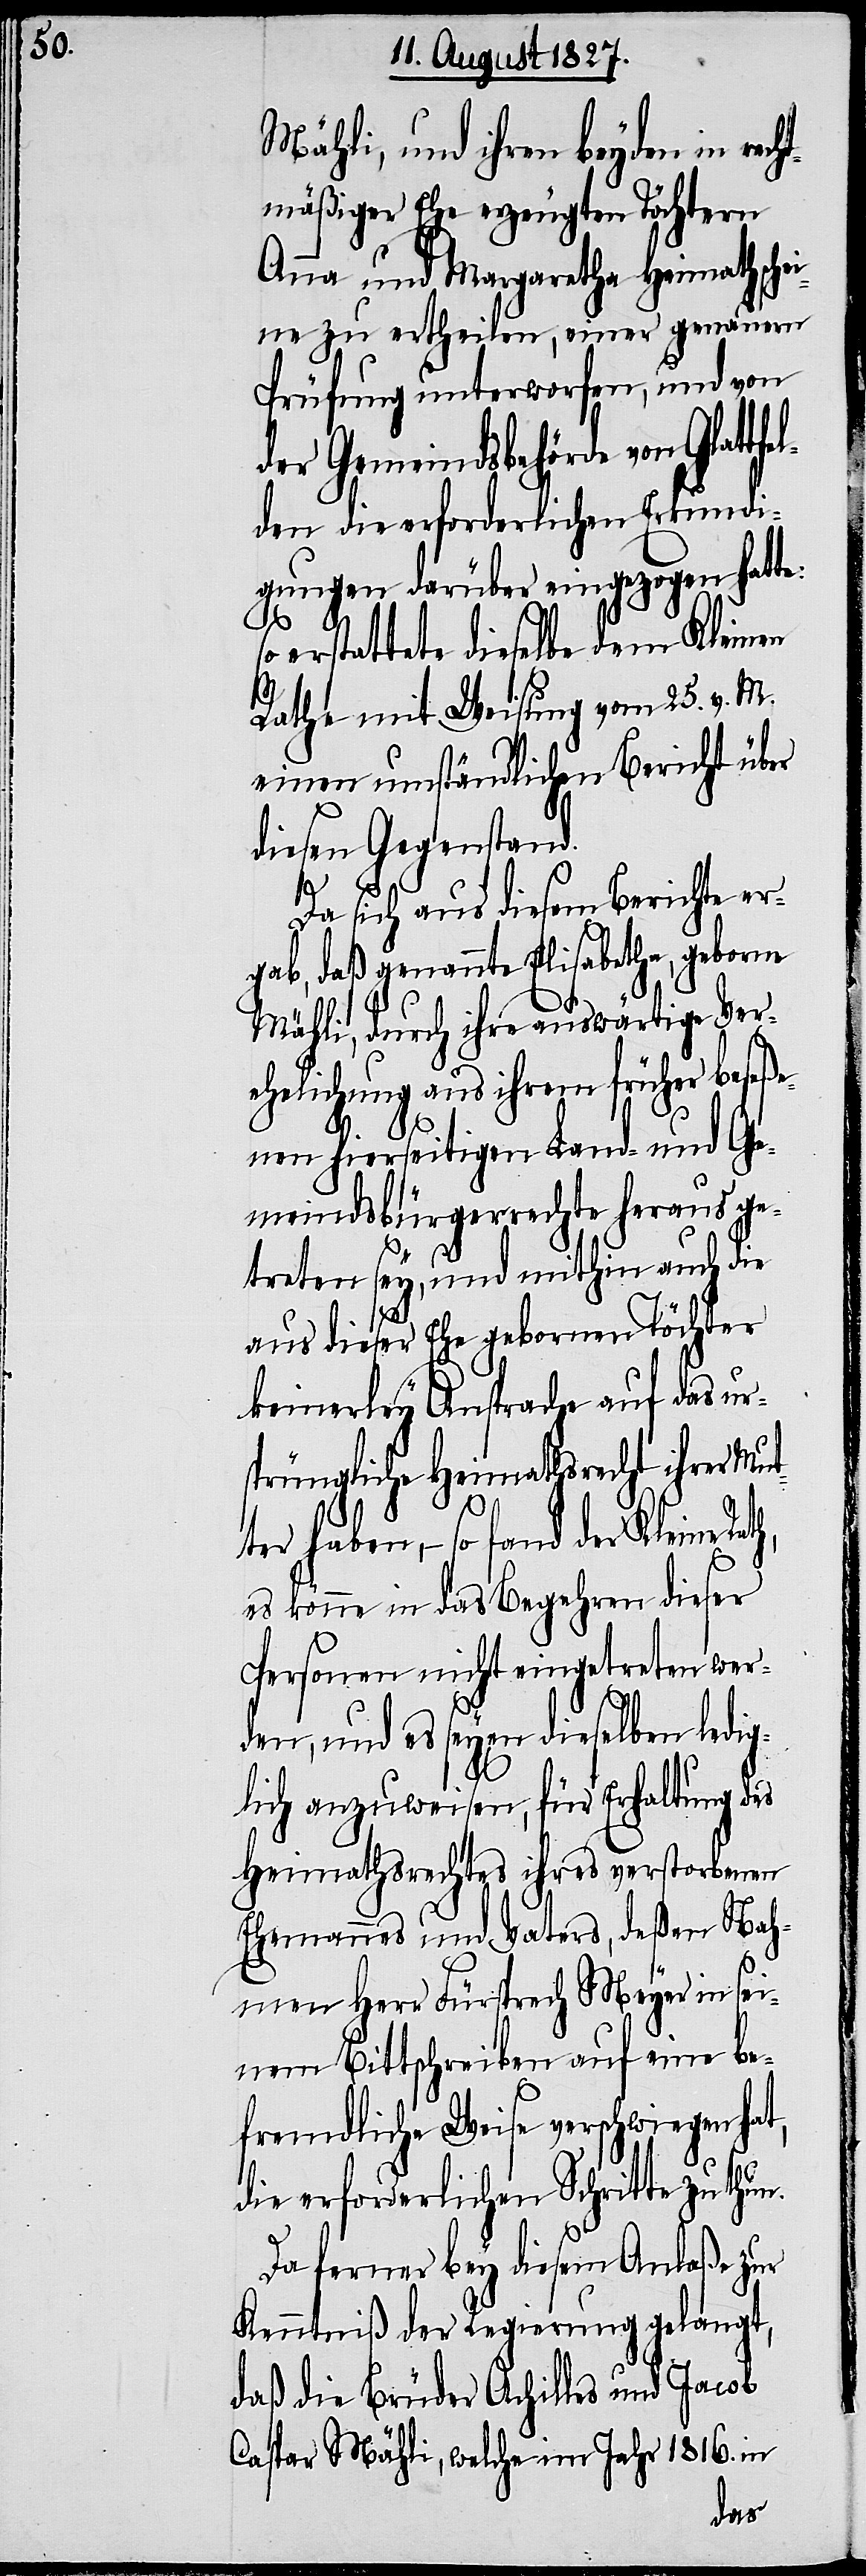
Mähli, und ihren beyden in rech¬
tmäßiger Ehe erzeugten Töchtern
Anna und Margaretha Heimathschei¬
ne zu ertheilen, einer genauen
Prüfung unterworfen, und von
der Gemeindsbehörde von Glat¬
den die erforderlichen Erkundi¬
gungen darüber eingezogen hatte:
n.
so erstattete dieselbe dem Kleinen
Rathe mit Weisung vom 25. v. M.
einen umständlichen Bericht über
diesen Gegenstand.
Da sich aus diesem Berichte er¬
gab, daß genannte Elisabetha, geborne
Mähli, durch ihre auswärtige Ver¬
ehelichung aus ihrem früher beseße¬
nen hierseitigen Land- und Ge¬
meindsbürgerrechte heraus ge¬
treten sey, und mithin auch die
aus dieser Ehe gebornen Töchter
keinerley Ansprache auf das ur¬
sprüngliche Heimathrecht ihrer Mu¬
ter haben, – so fand der
es könne in das Begehren dieser
Personen nicht eingetreten wer¬
den, und es seyen dieselben ledig¬
lich anzuweisen, für Erhaltung des
Heimathsrechtes ihres verstorbenen
Ehemannes und Vaters, deßen Nah¬
men Herr Fürsprech Meyer in sei¬
nem Bittschreiben auf eine be¬
fremdliche Weise verschwiegen hat,
die erforderlichen Schritte zu thu¬
Da ferner bey diesem Anlaße zur
Kenntniß der Regierung gelangt,
daß die Brüder Achilles und Jacob
Caspar Mähli, welche im Jahr 1816. in